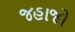
જહાજો